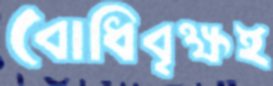
বোধিবৃক্ষই